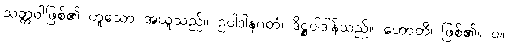
သတ္တဝါဖြစ်၏ ဟူသော အယူသည်။ ဥပါဒါနဂတံ၊ ဒိဋ္ဌုပါဒါန်သည်။ ဟောတိ၊ ဖြစ်၏။ ပ။